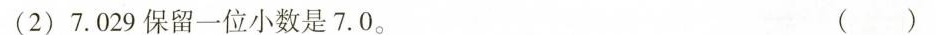
（2）7.029保留一位小数是7.0。